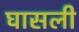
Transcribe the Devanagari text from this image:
घासली